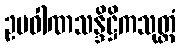
ဥပဝါဏသန္ဒိဋ္ဌိကသုတ္တံ